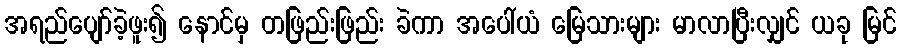
အရည်ပျော်ခဲ့ဖူး၍ နောင်မှ တဖြည်းဖြည်း ခဲကာ အပေါ်ယံ မြေသားများ မာလာပြီးလျှင် ယခု မြင်